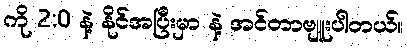
ကို 2:0 နဲ့ နိုင်အပြီးမှာ နဲ့ အင်တာဗျူးပါတယ်။